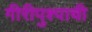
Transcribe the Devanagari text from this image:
गीरीपुश्पाची